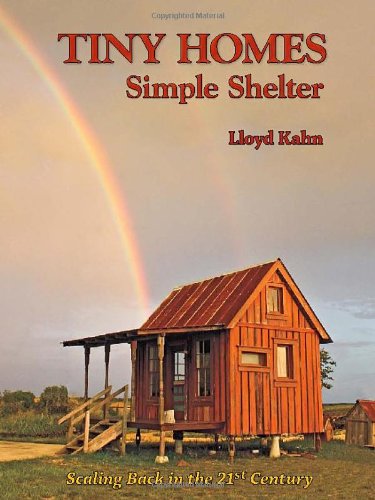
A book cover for Tiny Homes: Simple Shelter; Lloyd Kahn; Crafts, Hobbies & Home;